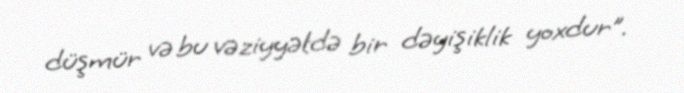
düşmür və bu vəziyyətdə bir dəyişiklik yoxdur”.